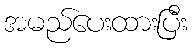
အမည်ပေးထားပြီး